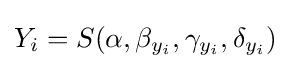
Y_{i}=S(\alpha ,\beta _{y_{i}},\gamma _{y_{i}},\delta _{y_{i}})